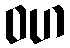
ဝဟ